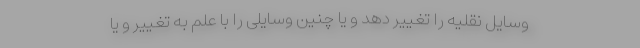
وسایل نقلیه را تغییر دهد و یا چنین وسایلی را با علم به تغییر و یا